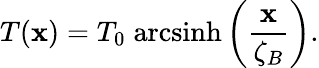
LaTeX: T(\mathbf{x})=T_{0}\; \mathrm{{arcsinh}}\left(\frac{{\mathbf{x}}}{{\zeta_{B}}}\right).